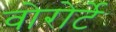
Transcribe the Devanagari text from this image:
वोरोर्टे